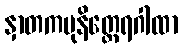
နှာတကမုနိတ္ထေရဂါထာ